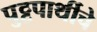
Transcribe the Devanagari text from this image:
पुट्टपार्थीचे